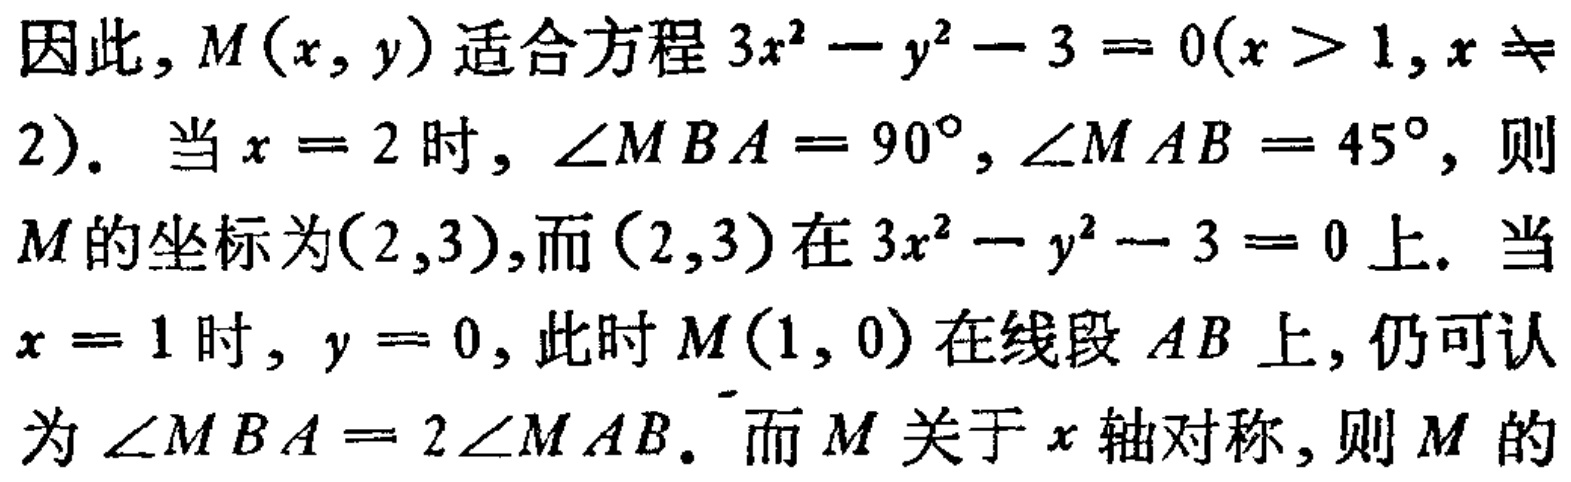
因此, \(M(x,y)\) 适合方程 \(3x^{2}-y^{2}-3 = 0(x > 1,x\neq 2)\). 当 \(x = 2\) 时, \(\angle MBA=90^{\circ},\angle MAB = 45^{\circ}\), 则 \(M\) 的坐标为 \((2,3)\),而 \((2,3)\) 在 \(3x^{2}-y^{2}-3 = 0\) 上. 当 \(x = 1\) 时, \(y = 0\), 此时 \(M(1,0)\) 在线段 \(AB\) 上, 仍可认为 \(\angle MBA = 2\angle MAB\). 而 \(M\) 关于 \(x\) 轴对称, 则 \(M\) 的